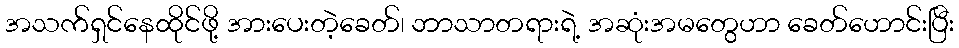
အသက်ရှင်နေထိုင်ဖို့ အားပေးတဲ့ခေတ်၊ ဘာသာတရားရဲ့ အဆုံးအမတွေဟာ ခေတ်ဟောင်းပြီး